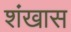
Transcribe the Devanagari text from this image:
शंखास